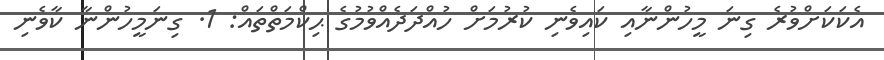
އެކަކަށްވުރެ ގިނަ މީހުންނާއި ކައިވެނި ކުރުމަށް ހުއްދަދެއްވުމުގެ ޙިކްމަތްތައް: 1. ގިނަމީހުންނާ ކާވެނި